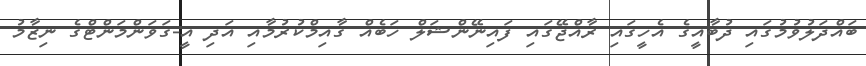
ބައްދަލުވުމުގައި ދުބާއީގެ އެހީގައި ރާއްޖޭގައި ފައިނޭންޝަލް ހަބެއް ގާއިމްކުރުމާއި އަދި އީ-ގަވަންމަންޓްގެ ނިޒާމު